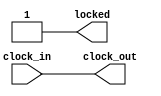
module pll(
	input  clock_in,
	output clock_out,
	output reg locked
	);

    assign clock_out = clock_in;
    
    initial begin
        locked <= 1'b0;
        #5;
        locked <= 1'b1;
    end



endmodule